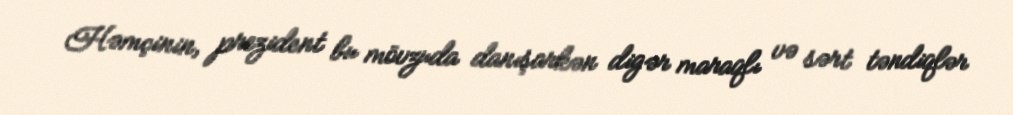
Həmçinin, prezident bu mövzuda danışarkən digər maraqlı və sərt təndiqlər